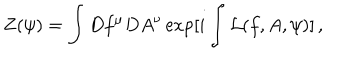
LaTeX: Z ( \psi ) = \int D f ^ { \mu } D A ^ { \nu } \exp [ i \int { \cal L } ( f , A , \psi ) ] \, ,